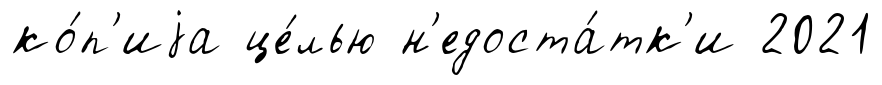
ко́п'иjа це́лью н'едоста́тк'и 2021